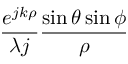
\frac { e ^ { j k \rho } } { \lambda j } \frac { \sin { \theta } \sin { \phi } } { \rho }